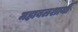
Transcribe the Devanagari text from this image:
महाबलशायी